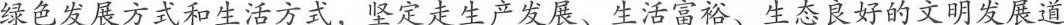
绿色发展方式和生活方式，坚定走生产发展、生活富裕、生态良好的文明发展道